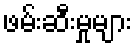
ဖမ်းဆီးမှုများ